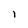
Character: l